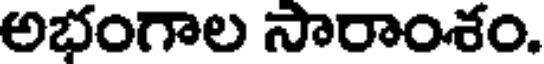
అభంగాల సారాంశం.